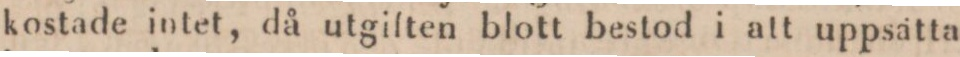
kostade intet, då utgiften blott bestod i att uppsätta